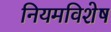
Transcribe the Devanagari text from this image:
नियमविशेष